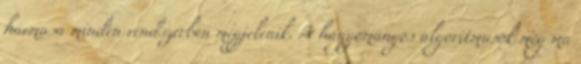
hármasa minden rendszerben megjelenik. A hagyományos algoritmusok még ma